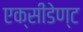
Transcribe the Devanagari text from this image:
एक्सीडेण्ट